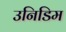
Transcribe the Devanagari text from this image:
उनिडिम